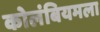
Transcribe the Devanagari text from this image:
कोलंबियमला